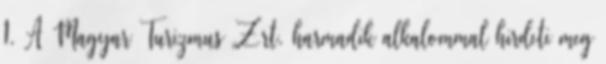
1. A Magyar Turizmus Zrt. harmadik alkalommal hirdeti meg